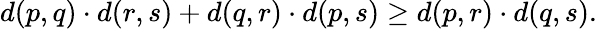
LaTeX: d(p,q)\cdot d(r,s)+d(q,r)\cdot d(p,s)\geq d(p,r)\cdot d(q,s).